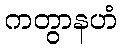
ကတွာနဟံ